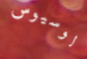
لوسيوس